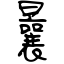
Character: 曩